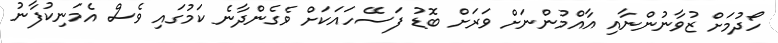
ހޯދުމަށް ޒުވާނުންނާއި އާއްމުންނަށް ވަރަށް ބޮޑު ފަސޭހައަކަށް ވެގެންދާނެ ކަމުގައި ވެސް އެމަނިކުފާނު